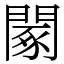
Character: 䦠